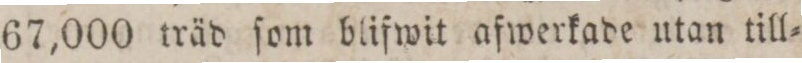
67,000 träd ſom blifwit afwerkade utan till=